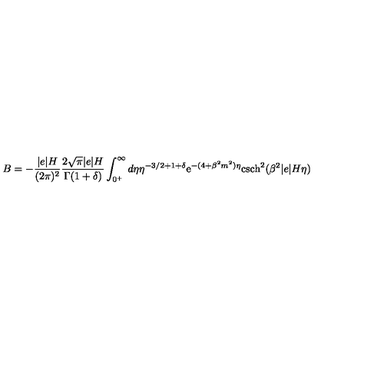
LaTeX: B = - \frac { \vert e \vert H } { ( 2 \pi ) ^ { 2 } } \frac { 2 \sqrt { \pi } \vert e \vert H } { \Gamma ( 1 + \delta ) } \int _ { 0 ^ { + } } ^ { \infty } d \eta \eta ^ { - 3 / 2 + 1 + \delta } \mathrm { e } ^ { - ( 4 + \beta ^ { 2 } m ^ { 2 } ) \eta } \mathrm { c s c h } ^ { 2 } ( \beta ^ { 2 } \vert e \vert H \eta )